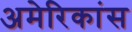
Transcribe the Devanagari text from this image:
अमेरिकांस